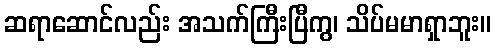
ဆရာဆောင်လည်း အသက်ကြီးပြီကွ၊ သိပ်မမာရှာဘူး။